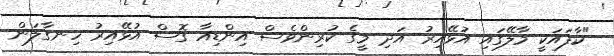
"ކާފައަކީ މާލޭގައި އުޅޭއިރު އަދި މީގެ ކުރިންވެސް އިންޑިއާ ގޮސް އުޅޭއިރު ހިނގާލަން